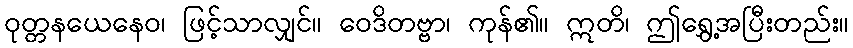
ဝုတ္တနယေနေဝ၊ ဖြင့်သာလျှင်။ ဝေဒိတဗ္ဗာ၊ ကုန်၏။ ဣတိ၊ ဤရွှေ့အပြီးတည်း။